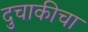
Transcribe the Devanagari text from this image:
दुचाकीचा